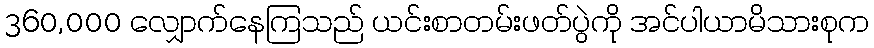
360,000 လျှောက်နေကြသည် ယင်းစာတမ်းဖတ်ပွဲကို အင်ပါယာမိသားစုက